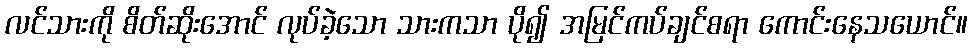
လင်သားကို စိတ်ဆိုးအောင် လုပ်ခဲ့သော သားကသာ ပို၍ အမြင်ကပ်ချင်စရာ ကောင်းနေသယောင်။